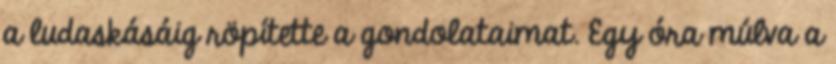
a ludaskásáig röpítette a gondolataimat. Egy óra múlva a